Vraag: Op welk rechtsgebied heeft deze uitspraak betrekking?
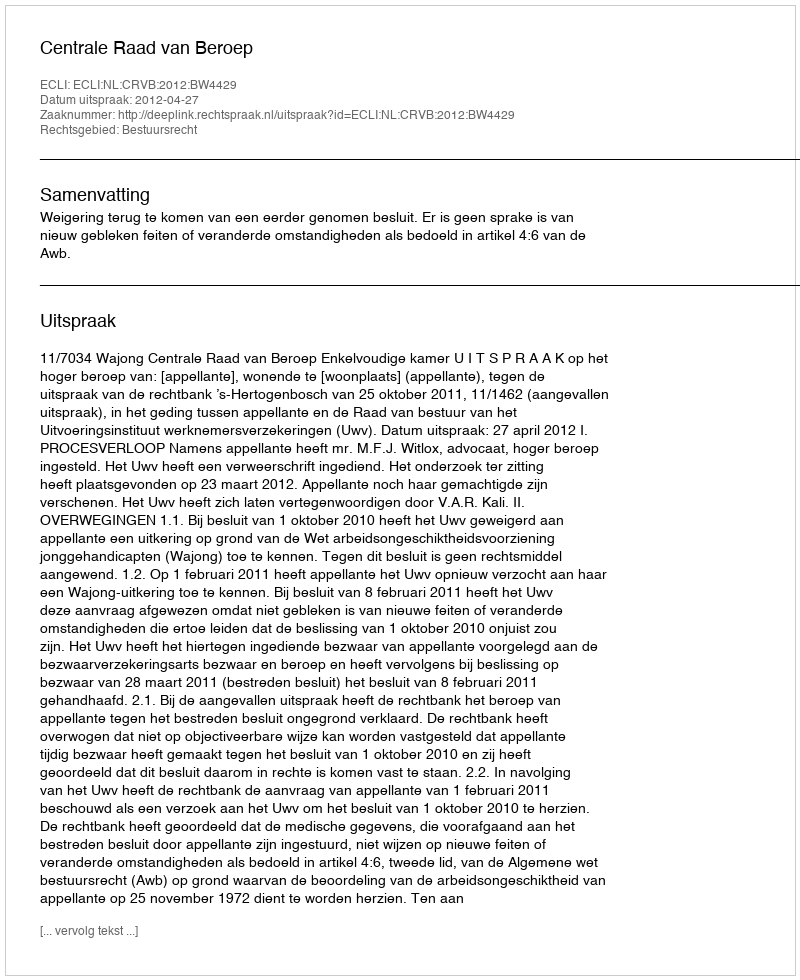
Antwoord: Bestuursrecht